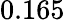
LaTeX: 0.165